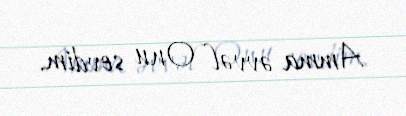
Amma əvvəl Onu sevdim.